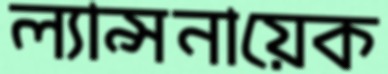
ল্যান্সনায়েক